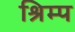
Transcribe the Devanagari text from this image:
श्रिम्‍प